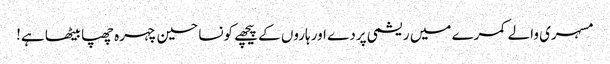
مسہری والے کمرے میں ریشمی پردے اور ہاروں کے پیچھے کونسا حسین چہرہ چھپا بیٹھا ہے!